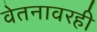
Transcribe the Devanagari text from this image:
वेतनावरही